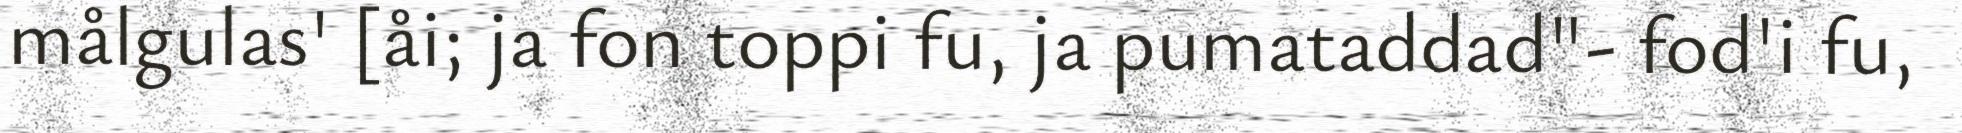
målgulas' [åi; ja fon toppi fu, ja pumataddad"- fod'i fu,